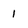
Character: 1